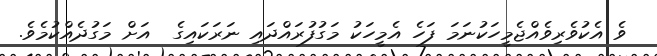
ވެ އެކުވެރިވެއްޖެމީހަކުނަމަ ފަހެ އެމީހަކު މަގުފުރައްދައި ނަރަކައިގެ  އަށް މަގުދެއްކުމެވެ.